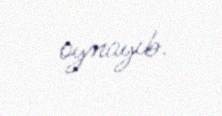
oynayıb.